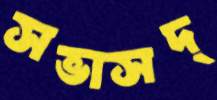
সভাসদ্‌